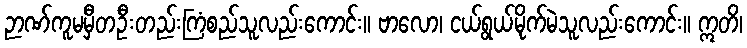
ဉာဏ်ကူမမှီတဦးတည်းကြံစည်သူလည်းကောင်း။ ဗာလော၊ ငယ်ရွယ်မိုက်မဲသူလည်းကောင်း။ ဣတိ၊